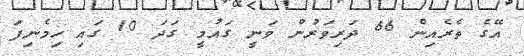
އޭގެ ތެރެއިން 66 ދަރިވަރުން ވަނީ ގައުމީ ގަދަ 10 ގައި ހިމެނިފަ